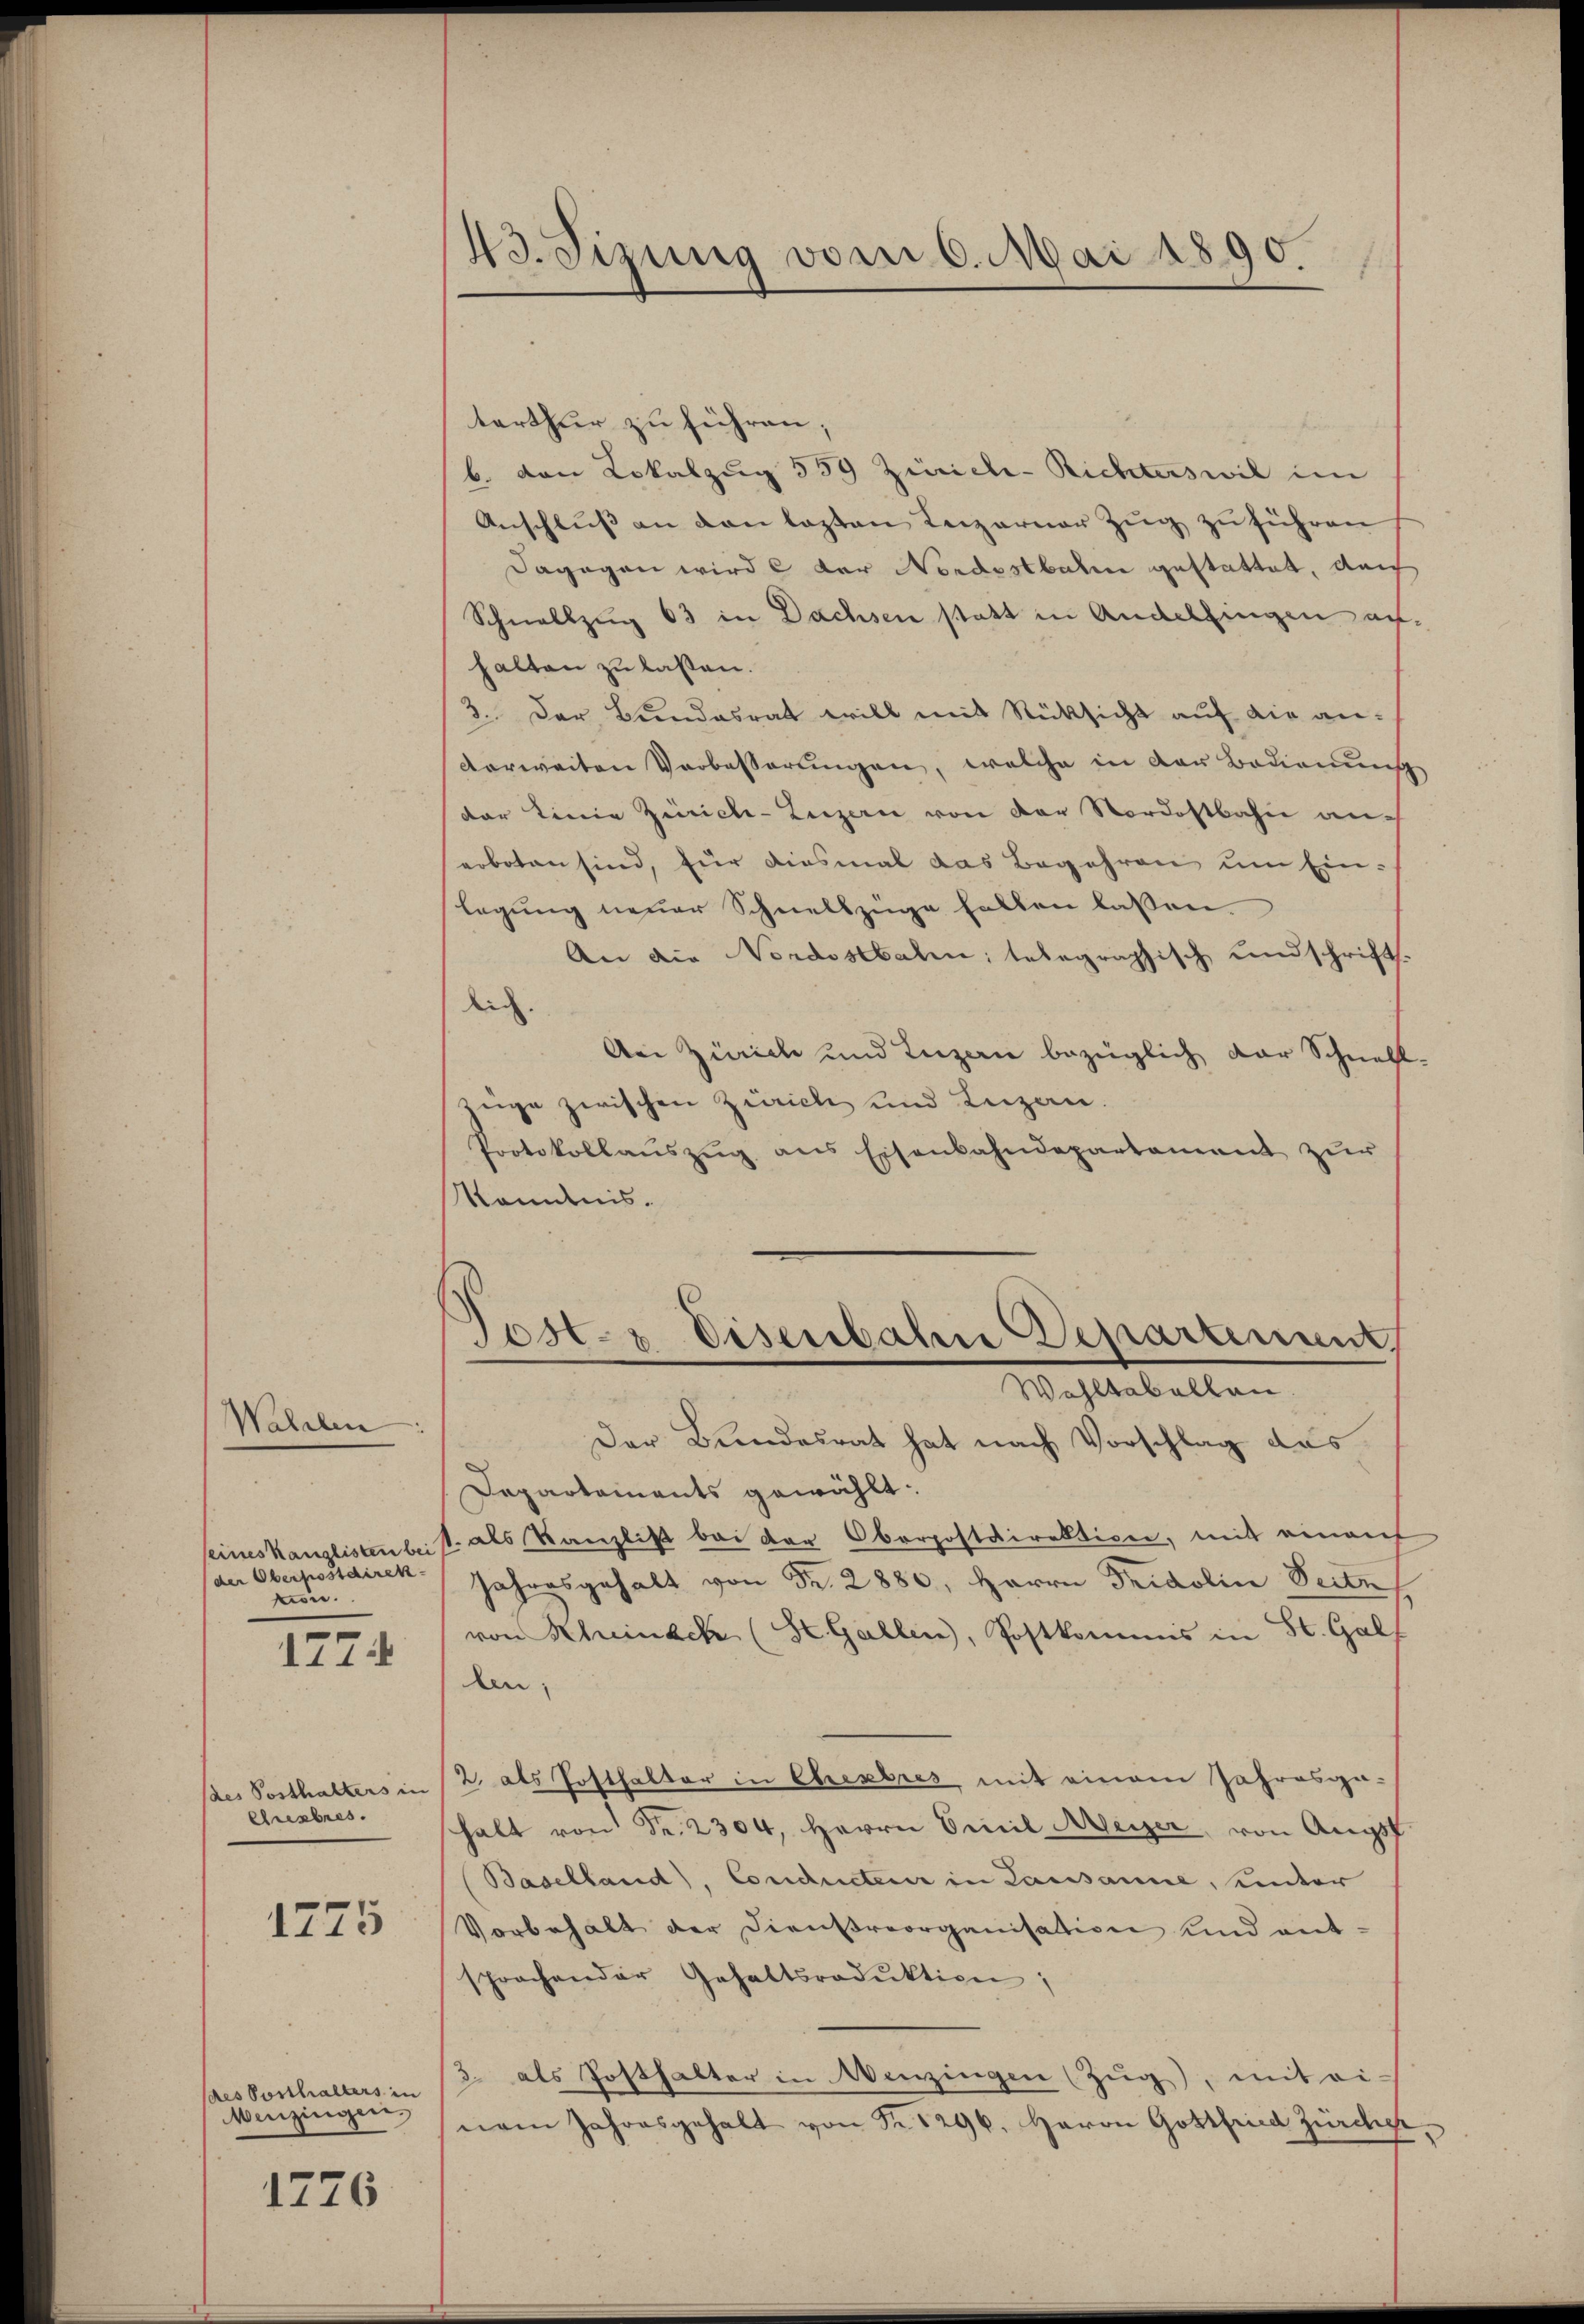
Wahlen

seines Kanglisten bei
(der Oberpostdirek
kn.
1774

des Posthalters in
Chresbres.

1775

des Posthalters in
Menzingen

1776

43. Sizung vom 6. Mai 1890.

terthur zu führen;
b. von Lokalzŭg 559 Zürich-Richterswil im
Anschluss an den lezten Leizerner Zug zu führen
dagegen wird der Nordostbahn gestattet, auch
Schnellzug 63 in Dachsen statt in Andelfingen auhalten zu laßen.
3. Der Bundesrat will mit Rüksicht auf die anverweiten Verbesserŭngen, welche in der Bedienung
der Linie Zürich-Luzern von der Nordostbahn anerboten sind, für diesmal das Begehren, um Ein-
legung neuer Schnellzüge halten lassen.
An die Nordostbalen; telegraphisch und schrift.
lich.
Aei Zürich und Luzern bezüglich der Schnell-
züge zwischen Zürich und Luzan.
Protokollaŭszŭg ans Eisenbahndepartement zur
Kenntnis.
e
Jost- & Eisenbahn Departement,
Wohltabellen.
Der Bundesrat hat nach Vorschlag das
Departaments gewählt:
1. als Kanzlist bei der Oberpostdirektion, mit einauf
Jahresgehalt von Fr. 2880, Herrn Fridolin Seite
von Rheinack (St. Gallen, Postkommis in St. Gall
den
2 als Posthalter in Cherbres mit einem Jahresga-
halt von Fr. 2304, Herrn Emil Weiser, von Angst
(Baselland), Conducteur in Lausanne, unter
Vorbehalt der Dienstreorganisation und ent-
sprochender Gehaltsroduktion;
3. als Posthalter in Wenzingen (Zug, mit ei-
nem Jahresgehalt von Nr. 1296. Herrn Gottfried Zürcher